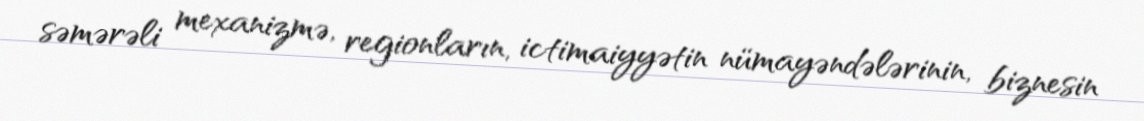
səmərəli mexanizmə, regionların, ictimaiyyətin nümayəndələrinin, biznesin